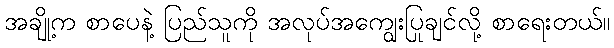
အချို့က စာပေနဲ့ ပြည်သူကို အလုပ်အကျွေးပြုချင်လို့ စာရေးတယ်။